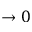
\rightarrow 0